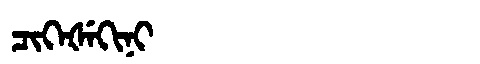
Manchu: ᠴᡳᡴᡝᡧᡝᡴᡳᠨᡳ
Romanization: CIKEŠEKINI